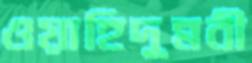
ওয়াহিদুন্নবী